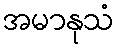
အမာနုသံ